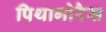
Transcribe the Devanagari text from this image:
पिथागोरैस